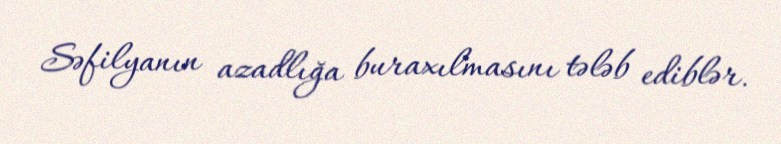
Səfilyanın azadlığa buraxılmasını tələb ediblər.